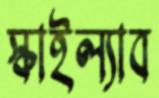
স্কাইল্যাব